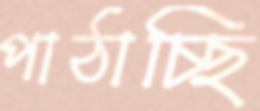
পাঠাচ্ছি